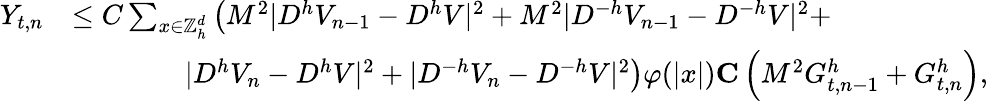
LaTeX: \begin{array}{rl}{Y_{t,n}}&{\leq C\sum_{x\in{\mathbb{Z}}_{h}^{d}}\left(M^{2}|D^{h}V_{n-1}-D^{h}V|^{2}+M^{2}|D^{-h}V_{n-1}-D^{-h}V|^{2}+\right.}\\ &{\qquad\qquad\left.|D^{h}V_{n}-D^{h}V|^{2}+|D^{-h}V_{n}-D^{-h}V|^{2}\right)\varphi(|x|)\le C\left(M^{2}G_{t,n-1}^{h}+G_{t,n}^{h}\right),}\end{array}